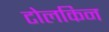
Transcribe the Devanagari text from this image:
टोलकिन